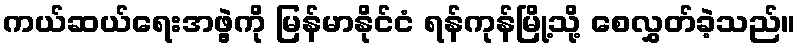
ကယ်ဆယ်ရေးအဖွဲ့ကို မြန်မာနိုင်ငံ ရန်ကုန်မြို့သို့ စေလွှတ်ခဲ့သည်။